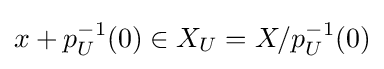
x+p_{U}^{-1}(0)\in X_{U}=X/p_{U}^{-1}(0)